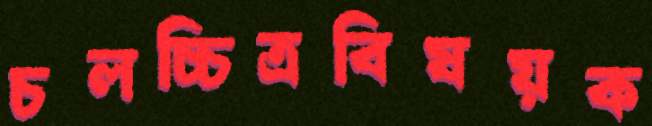
চলচ্চিত্রবিষয়ক